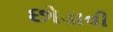
છોડાવી